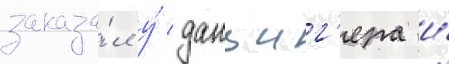
заказа́л у́ данциг'ера и́